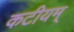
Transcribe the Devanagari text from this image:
कटीयम्‌